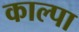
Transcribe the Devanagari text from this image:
काल्पा